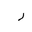
Letter: _ra